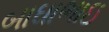
બાઘાભાઇ